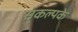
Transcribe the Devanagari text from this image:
संकल्पके